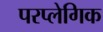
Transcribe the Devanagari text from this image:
परप्लेगिक